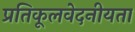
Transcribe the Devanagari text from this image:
प्रतिकूलवेदनीयता